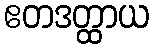
ဧတဒတ္ထာယ